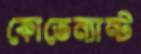
কোভেন্যান্ট